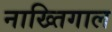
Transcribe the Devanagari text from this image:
नाख्तिगाल